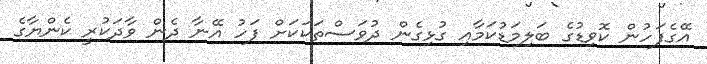
އޭގެފަހުން ކޮވިޑުގެ ބަލިމަޑުކަމާއި ގުޅިގެން ދުވަސްތަކަކަށް ފަހު އޭނާ ދެން ވާދަކުރީ ކެންޔާގެ